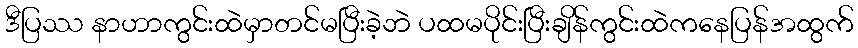
ဒီပြဿ နာဟာကွင်းထဲမှာတင်မပြီးခဲ့ဘဲ ပထမပိုင်းပြီးချိန်ကွင်းထဲကနေပြန်အထွက်